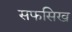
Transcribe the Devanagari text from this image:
सफसिख